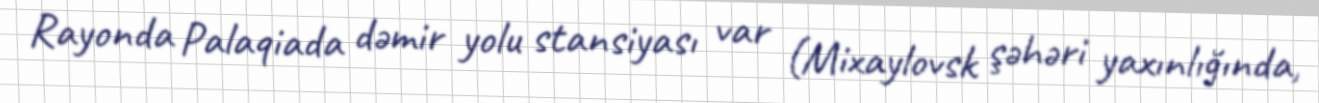
Rayonda Palaqiada dəmir yolu stansiyası var (Mixaylovsk şəhəri yaxınlığında,